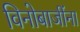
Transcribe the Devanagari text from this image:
विनोबाजींना